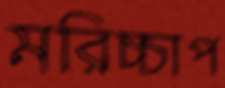
মরিচ্চাপ